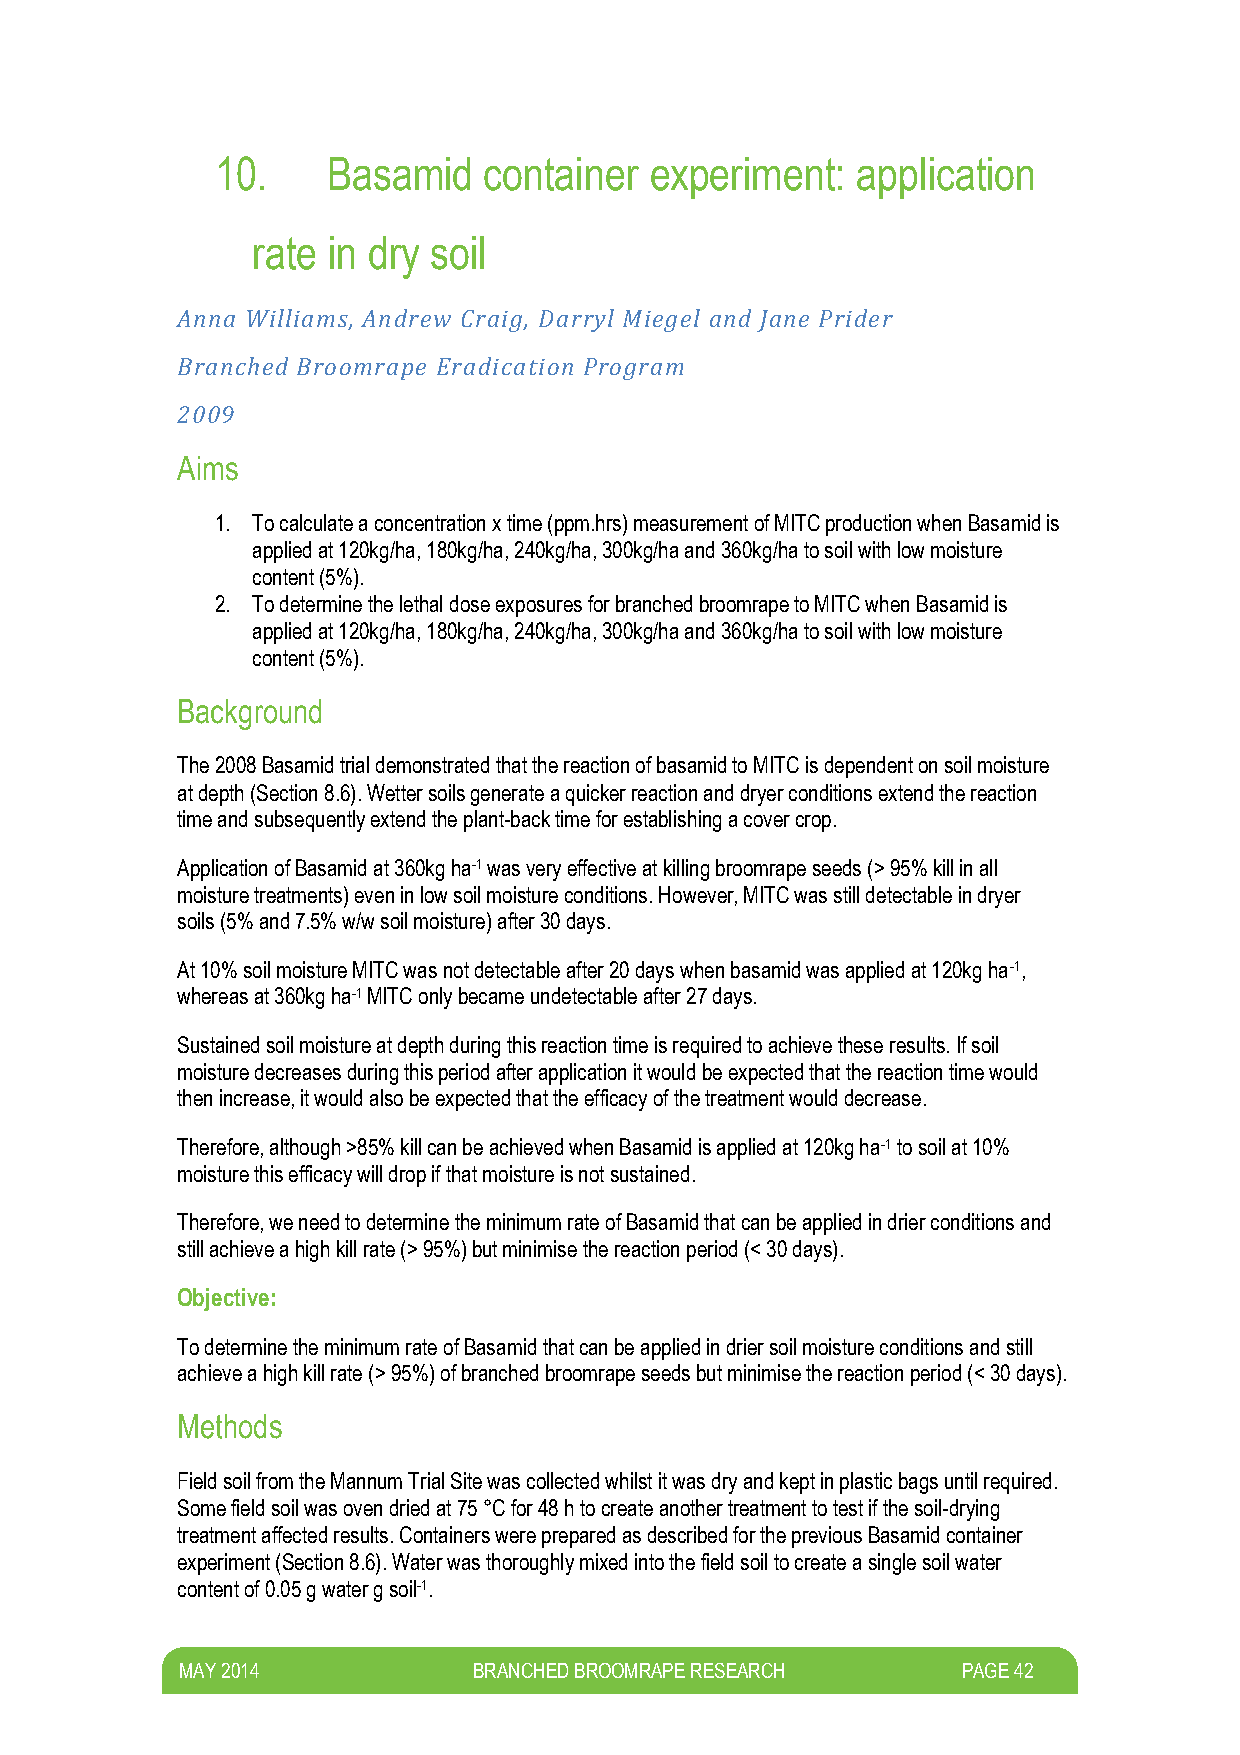
10.     Basamid   container  experiment:   application
 rate in dry soil
 Anna Williams, Andrew Craig, Darryl Miegel and Jane Prider
 Branched Broomrape Eradication Program
 2009
 Aims
 1. To calculate a concentration x time (ppm.hrs) measurement of MITC production when Basamid is
 applied at 120kg/ha, 180kg/ha, 240kg/ha, 300kg/ha and 360kg/ha to soil with low moisture
 content (5%).
 2. To determine the lethal dose exposures for branched broomrape to MITC when Basamid is
 applied at 120kg/ha, 180kg/ha, 240kg/ha, 300kg/ha and 360kg/ha to soil with low moisture
 content (5%).
 Background
 The 2008 Basamid trial demonstrated that the reaction of basamid to MITC is dependent on soil moisture
 at depth (Section 8.6). Wetter soils generate a quicker reaction and dryer conditions extend the reaction
 time and subsequently extend the plant-back time for establishing a cover crop.
 Application of Basamid at 360kg ha-1 was very effective at killing broomrape seeds (> 95% kill in all
 moisture treatments) even in low soil moisture conditions. However, MITC was still detectable in dryer
 soils (5% and 7.5% w/w soil moisture) after 30 days.
 At 10% soil moisture MITC was not detectable after 20 days when basamid was applied at 120kg ha-1,
 whereas at 360kg ha-1 MITC only became undetectable after 27 days.
 Sustained soil moisture at depth during this reaction time is required to achieve these results. If soil
 moisture decreases during this period after application it would be expected that the reaction time would
 then increase, it would also be expected that the efficacy of the treatment would decrease.
 Therefore, although >85% kill can be achieved when Basamid is applied at 120kg ha-1 to soil at 10%
 moisture this efficacy will drop if that moisture is not sustained.
 Therefore, we need to determine the minimum rate of Basamid that can be applied in drier conditions and
 still achieve a high kill rate (> 95%) but minimise the reaction period (< 30 days).
 Objective:
 To determine the minimum rate of Basamid that can be applied in drier soil moisture conditions and still
 achieve a high kill rate (> 95%) of branched broomrape seeds but minimise the reaction period (< 30 days).
 Methods
 Field soil from the Mannum Trial Site was collected whilst it was dry and kept in plastic bags until required.
 Some field soil was oven dried at 75 °C for 48 h to create another treatment to test if the soil-drying
 treatment affected results. Containers were prepared as described for the previous Basamid container
 experiment (Section 8.6). Water was thoroughly mixed into the field soil to create a single soil water
 content of 0.05 g water g soil-1.
 M AY 2014          BRANCHED BROOMRAPE RESEARCH      PAGE 42